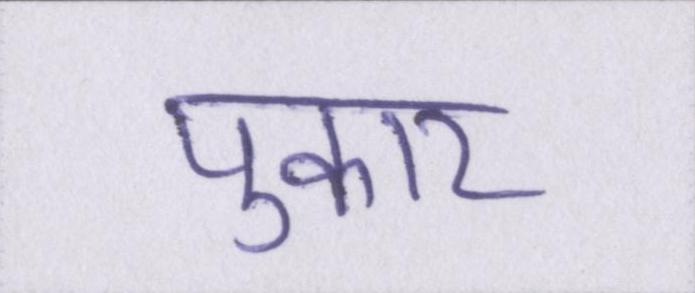
पुकार